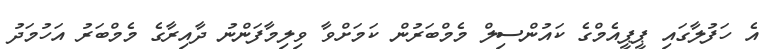
އެ ހަފުލާގައި ޕީޕީއެމްގެ ކައުންސިލް މެމްބަރުން ކަމަށްވާ ވިލިމާފަންނު ދާއިރާގެ މެމްބަރު އަހުމަދު